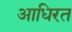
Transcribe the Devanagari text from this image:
आधिरत